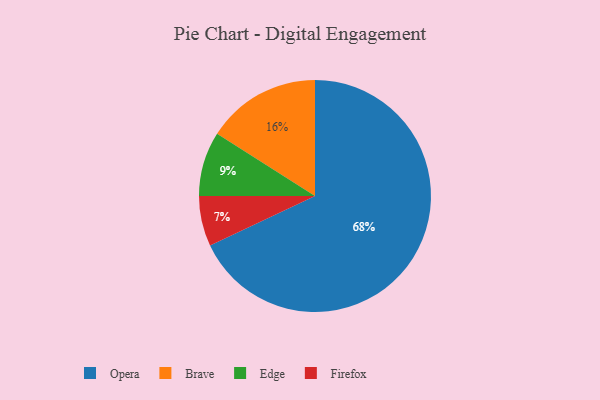
{"axis": {"x": "Category", "y": "Percentage"}, "legend": ["Brave", "Edge", "Firefox", "Opera"], "data": [{"x": "Opera", "y": 68, "type": "Opera"}, {"x": "Edge", "y": 9, "type": "Edge"}, {"x": "Firefox", "y": 7, "type": "Firefox"}, {"x": "Brave", "y": 16, "type": "Brave"}]}